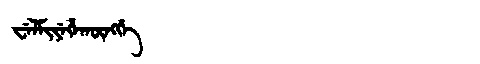
Manchu: ᠸᡝᠯᠮᡳᠶᡝᡥᠠᡴᡡᠩᡤᡝ
Romanization: WELMIYEHAKŪNGGE